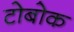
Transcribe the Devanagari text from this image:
टोबोक